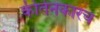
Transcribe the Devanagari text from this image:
कीर्तनकारच